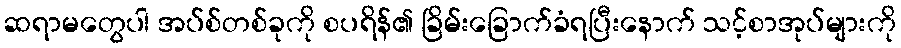
ဆရာမတွေပါ အပ်စ်တစ်ခုကို စပရိန်၏ ခြိမ်းခြောက်ခံရပြီးနောက် သင့်စာအုပ်များကို